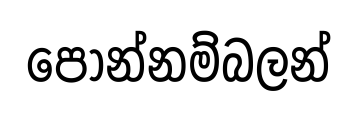
පොන්නම්බලන්